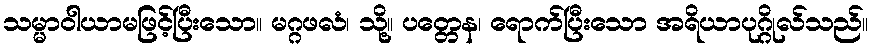
သမ္မာဝါယာမဖြင့်ပြီးသော။ မဂ္ဂဖလံ၊ သို့။ ပတ္တေန၊ ရောက်ပြီးသော အရိယာပုဂ္ဂိုလ်သည်။